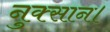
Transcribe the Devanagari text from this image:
नुक्सान।